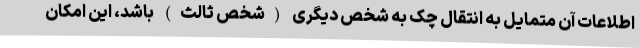
اطلاعات آن متمایل به انتقال چک به شخص دیگری (شخص ثالث) باشد، این امکان